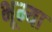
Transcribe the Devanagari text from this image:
भूम्या